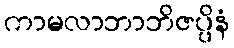
ကာမလာဘာဘိဇပ္ပိနံ